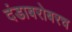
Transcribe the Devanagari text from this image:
दंडाबरोबरच